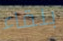
بلقاء